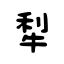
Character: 犁